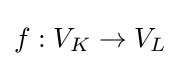
f:V_{K}\rightarrow V_{L}